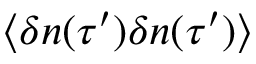
\langle \delta n ( \tau ^ { \prime } ) \delta n ( \tau ^ { \prime } ) \rangle